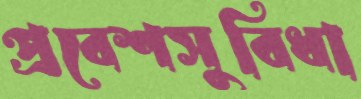
প্রবেশসুবিধা